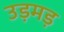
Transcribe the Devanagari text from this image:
उड़मड़